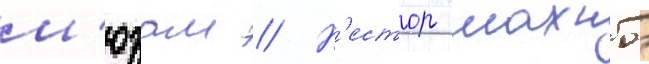
м'юзам // Н'естор махно